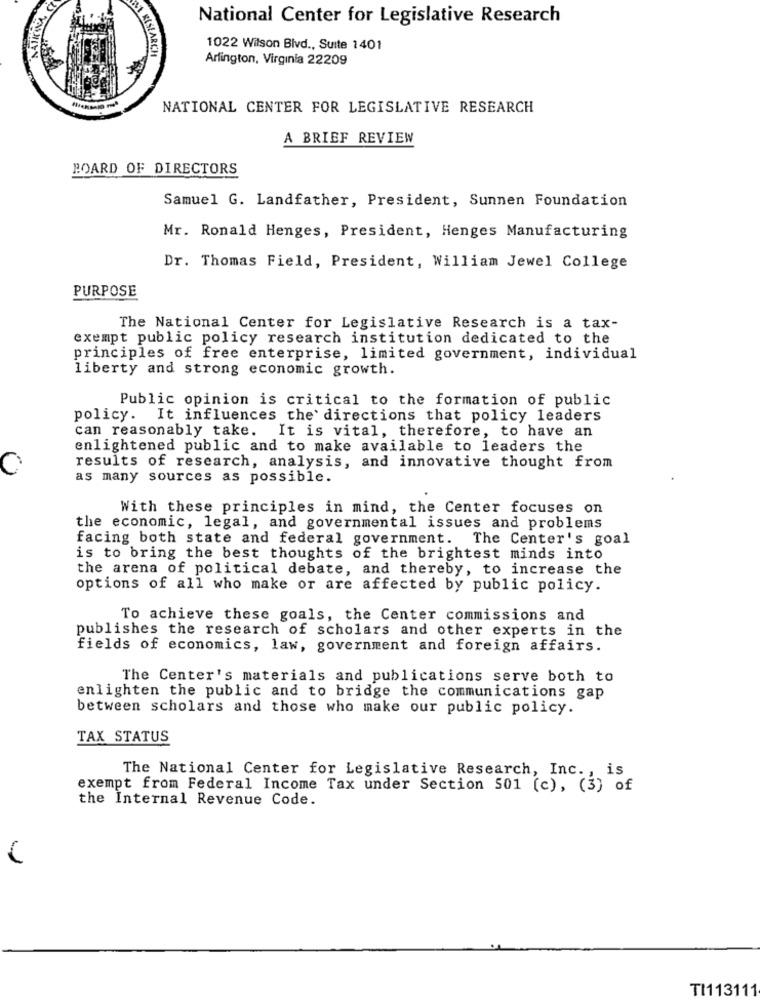
National Center for Legislative Research
MA RESEARCH
1022 Wilson Blvd ., Suite 1401
Arlington, Virginia 22209
NATIONAL CENTER FOR LEGISLATIVE RESEARCH
A BRIEF REVIEW
BOARD OF DIRECTORS
Samuel G. Landfather, President, Sunnen Foundation
Mr. Ronald Henges, President, Henges Manufacturing
Dr. Thomas Field, President, William Jewel College
PURPOSE
The National Center for Legislative Research is a tax-
exempt public policy research institution dedicated to the
principles of free enterprise, limited government, individual
liberty and strong economic growth.
Public opinion is critical to the formation of public
policy. It influences the' directions that policy leaders
can reasonably take.
It is vital, therefore, to have an
enlightened public and to make available to leaders the
results of research, analysis, and innovative thought from
as many sources as possible.
With these principles in mind, the Center focuses on
the economic, legal, and governmental issues and problems
facing both state and federal government. The Center's goal
is to bring the best thoughts of the brightest minds into
the arena of political debate, and thereby, to increase the
options of all who make or are affected by public policy.
To achieve these goals, the Center commissions and
publishes the research of scholars and other experts in the
fields of economics, law, government and foreign affairs.
The Center's materials and publications serve both to
enlighten the public and to bridge the communications gap
between scholars and those who make our public policy.
TAX STATUS
The National Center for Legislative Research, Inc ., is
exempt from Federal Income Tax under Section 501 (c), (3) of
the Internal Revenue Code.
TI113111